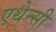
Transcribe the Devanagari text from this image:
एथेन्सी